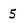
Character: 5